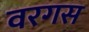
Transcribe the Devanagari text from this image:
वरगस